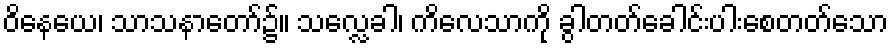
ဝိနေယေ၊ သာသနာတော်၌။ သလ္လေခါ၊ ကိလေသာကို ခွါတတ်ခေါင်းပါးစေတတ်သော